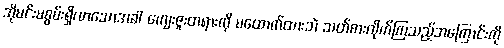
အိုမင်းမစွမ်းရှိလာသောအခါ ကျေးဇူးတရားကို မထောက်ထားဘဲ သတ်စားလိုက်ကြသည့်အကြောင်းကို